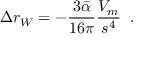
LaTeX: \Delta r _ { W } = - \frac { 3 \bar { \alpha } } { 1 6 \pi } \frac { V _ { m } } { s ^ { 4 } } \; \; .